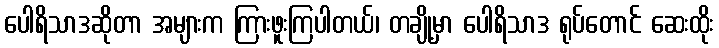
ပေါရိသာဒဆိုတာ အများက ကြားဖူးကြပါတယ်၊ တချို့မှာ ပေါရိသာဒ ရုပ်တောင် ဆေးထိုး